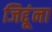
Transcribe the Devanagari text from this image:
जिद्दूंना